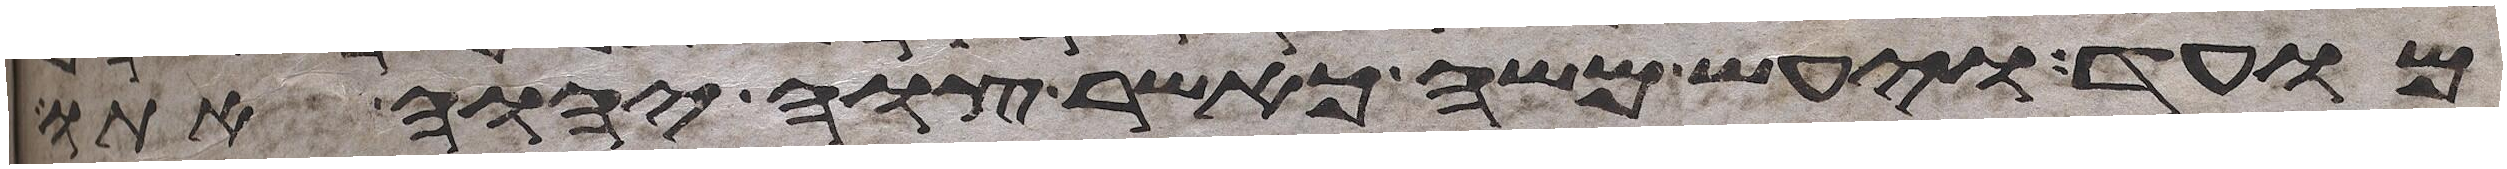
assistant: מועד ויעש משה כאשר צוה יהוה אתו